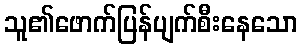
သူ၏ဖောက်ပြန်ပျက်စီးနေသော